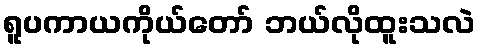
ရူပကာယကိုယ်တော် ဘယ်လိုထူးသလဲ